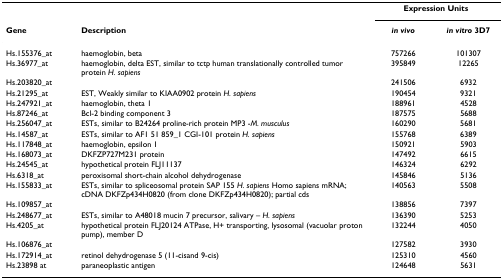
|  |  | <COLSPAN=2> Expression Units |
 | Gene | Description | in vivo | in vitro 3D7 |
 | --- | --- | --- | --- |
 | Hs.155376_at | haemoglobin, beta | 757266 | 101307 |
 | Hs.36977_at | haemoglobin, delta EST, similar to tctp human translationally controlled tumor protein H. sapiens | 395849 | 12265 |
 | Hs.203820_at |  | 241506 | 6932 |
 | Hs.21295_at | EST, Weakly similar to KIAA0902 protein H. sapiens | 190454 | 9321 |
 | Hs.247921_at | haemoglobin, theta 1 | 188961 | 4528 |
 | Hs.87246_at | Bcl-2 binding component 3 | 187575 | 5688 |
 | Hs.256047_at | ESTs, similar to B24264 proline-rich protein MP3 -M. musculus | 160290 | 5681 |
 | Hs.14587_at | ESTs, similar to AF1 51 859_1 CGI-101 protein H. sapiens | 155768 | 6389 |
 | Hs.117848_at | haemoglobin, epsilon 1 | 150921 | 5903 |
 | Hs.168073_at | DKFZP727M231 protein | 147492 | 6615 |
 | Hs.24545_at | hypothetical protein FLJ11137 | 146324 | 6292 |
 | Hs.6318_at | peroxisomal short-chain alcohol dehydrogenase | 145846 | 5136 |
 | Hs.155833_at | ESTs, similar to spliceosomal protein SAP 155 H. sapiens Homo sapiens mRNA; cDNA DKFZp434H0820 (from clone DKFZp434H0820); partial cds | 140563 | 5508 |
 | Hs.109857_at |  | 138856 | 7397 |
 | Hs.248677_at | ESTs, similar to A48018 mucin 7 precursor, salivary – H. sapiens | 136390 | 5253 |
 | Hs.4205_at | hypothetical protein FLJ20124 ATPase, H+ transporting, lysosomal (vacuolar proton pump), member D | 132244 | 4050 |
 | Hs.106876_at |  | 127582 | 3930 |
 | Hs.172914_at | retinol dehydrogenase 5 (11-cisand 9-cis) | 125310 | 4560 |
 | Hs.23898 at | paraneoplastic antigen | 124648 | 5631 |